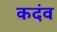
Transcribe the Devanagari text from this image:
कदंव